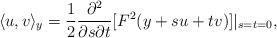
LaTeX: \begin{align*}\langle u,v\rangle_{y}=\frac{1}{2}\frac{\partial^2}{\partial s\partial t}[F^2(y+su+tv)]|_{s=t=0},\end{align*}